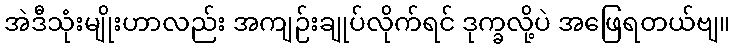
အဲဒီသုံးမျိုးဟာလည်း အကျဉ်းချုပ်လိုက်ရင် ဒုက္ခလို့ပဲ အဖြေရတယ်ဗျ။